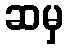
ဆမှ